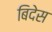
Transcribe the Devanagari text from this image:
बिदेस